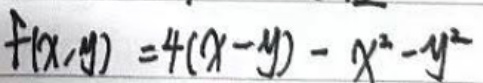
$f(x,y)=4(x-y)-x^{2}-y^{2}$